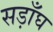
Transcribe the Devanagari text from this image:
सड़ाँघ